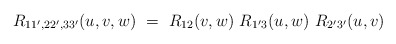
\begin{align*}R_{11',22',33'}(u,v,w)\ =\ R_{12}(v,w)\ R_{1'3}(u,w)\ R_{2'3'}(u,v)\end{align*}